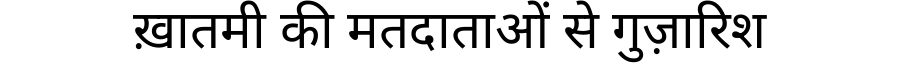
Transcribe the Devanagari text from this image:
ख़ातमी की मतदाताओं से गुज़ारिश